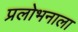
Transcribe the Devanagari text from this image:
प्रलोभनाला